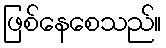
ဖြစ်နေစေသည်။